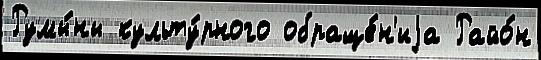
Румы́ны культу́рного обраще́н'иjа Райо́н